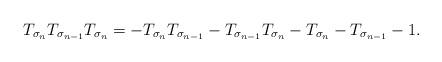
LaTeX: \begin{align*}T_{\sigma_{n}}T_{\sigma_{n-1}}T_{\sigma_{n}}= -T_{\sigma_{n}}T_{\sigma_{n-1}} - T_{\sigma_{n-1}}T_{\sigma_{n}}- T_{\sigma_{n}}-T_{\sigma_{n-1}} -1. \end{align*}